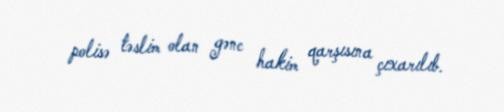
polisə təslim olan gənc hakim qarşısına çıxarılıb.